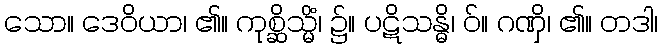
သော။ ဒေဝိယာ၊ ၏။ ကုစ္ဆိသ္မိံ၊ ၌။ ပဋိသန္ဓိ၊ ဝ်။ ဂဏှိ၊ ၏။ တဒါ၊